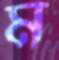
ম